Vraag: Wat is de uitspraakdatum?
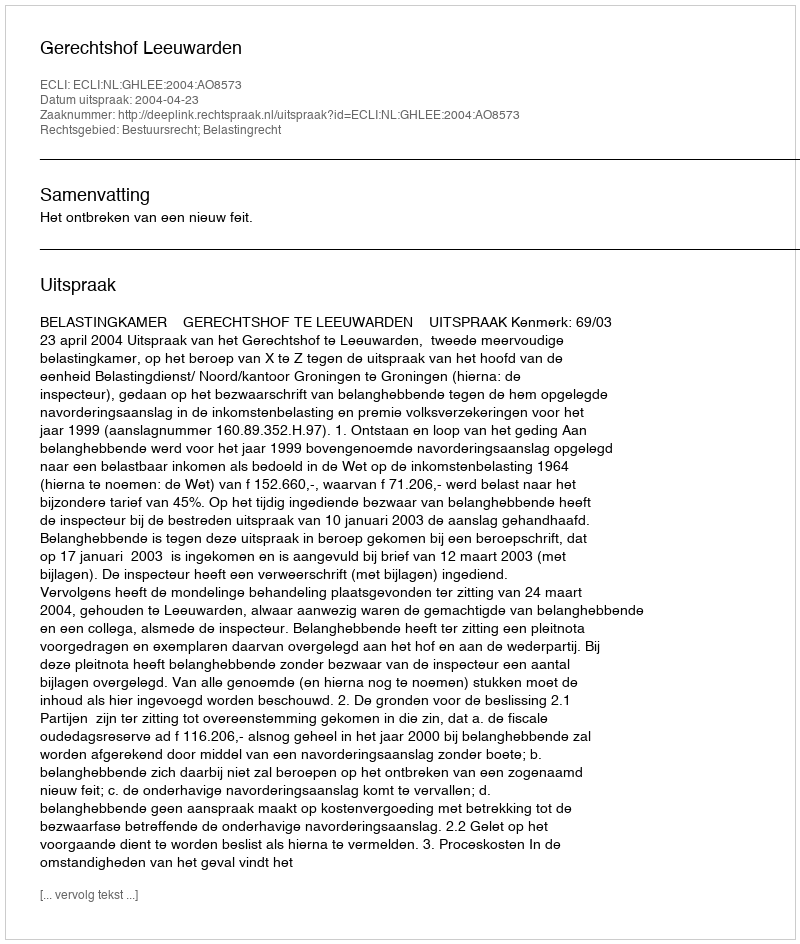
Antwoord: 2004-04-23